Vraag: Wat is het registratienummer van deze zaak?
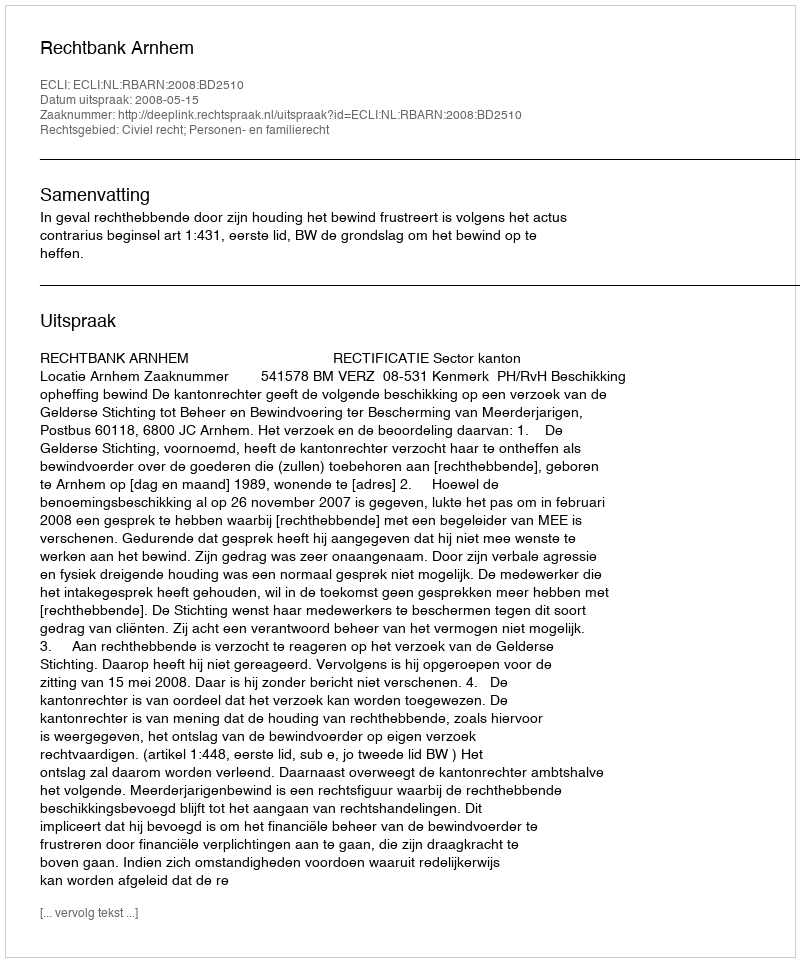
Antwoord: http://deeplink.rechtspraak.nl/uitspraak?id=ECLI:NL:RBARN:2008:BD2510